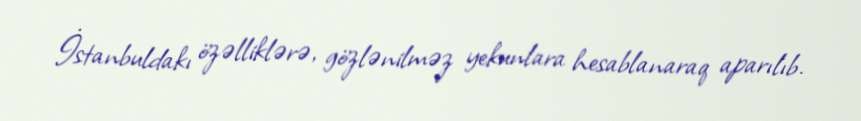
İstanbuldakı özəlliklərə, gözlənilməz yekunlara hesablanaraq aparılıb.